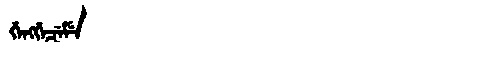
Manchu: ᡤᡝᠩᡤᡝᠴᡝᠮᡝ
Romanization: GENGGECEME